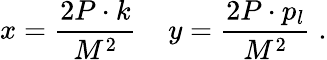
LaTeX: x=\frac{2P\cdot k}{M^{2}}\; \; \; \; y=\frac{2P\cdot p_{l}}{M^{2}}\; .